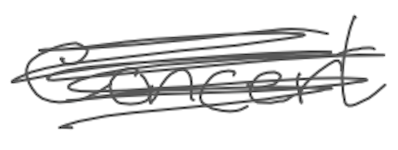
Text: concert
Cross-out: scratch
Writing tool: digital_gray